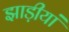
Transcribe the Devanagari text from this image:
झाड़ीयां